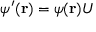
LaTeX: \psi ^ { \prime } ( { \bf r } ) = \psi ( { \bf r } ) U